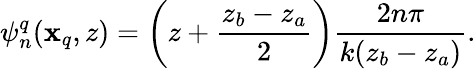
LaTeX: \psi_{n}^{q}(\mathbf{x}_{q},z)=\left(z+\frac{{z_{b}-z_{a}}}{{2}}\right)\frac{{2n\pi}}{{k(z_{b}-z_{a})}}.